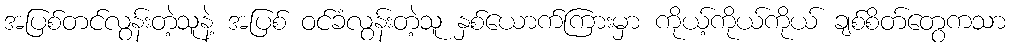
အပြစ်တင်လွန်းတဲ့သူနဲ့ အပြစ် ဝင်ခံလွန်းတဲ့သူ နှစ်ယောက်ကြားမှာ ကိုယ့်ကိုယ်ကိုယ် ချစ်စိတ်တွေကသာ